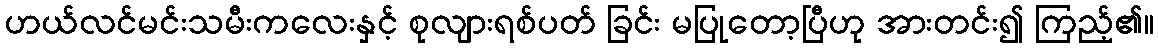
ဟယ်လင်မင်းသမီးကလေးနှင့် စုလျားရစ်ပတ် ခြင်း မပြုတော့ပြီဟု အားတင်း၍ ကြည့်၏။